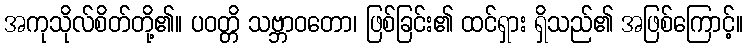
အကုသိုလ်စိတ်တို့၏။ ပဝတ္တိ သဗ္ဘာဝတော၊ ဖြစ်ခြင်း၏ ထင်ရှား ရှိသည်၏ အဖြစ်ကြောင့်။